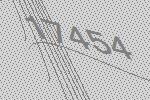
17454